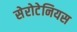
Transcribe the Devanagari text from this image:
सेरोटेनियस